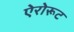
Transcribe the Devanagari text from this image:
ऐरोरूट